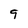
Character: 9